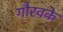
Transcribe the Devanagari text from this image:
गौरवके